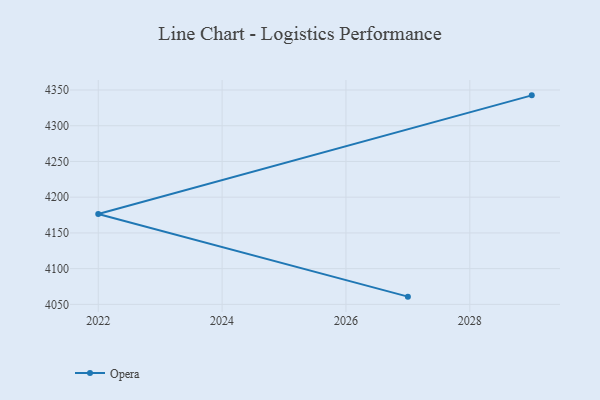
{"axis": {"x": "Year", "y": "LTV (USD)"}, "legend": ["Opera"], "data": [{"x": "2029", "y": 4342.5, "type": "Opera"}, {"x": "2022", "y": 4176.5, "type": "Opera"}, {"x": "2027", "y": 4060.8, "type": "Opera"}]}